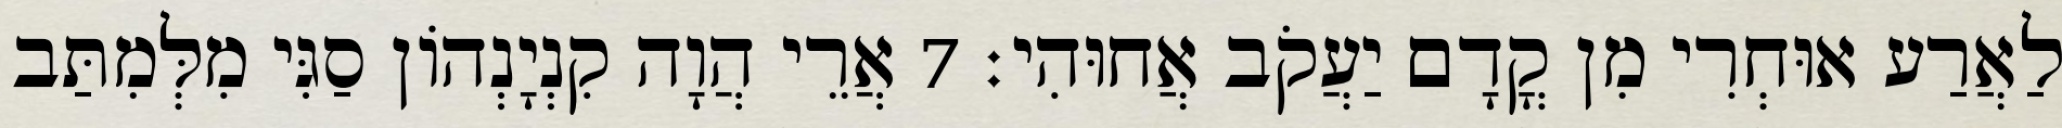
לַאֲרַע אוּחְרִי מִן קֳדָם יַעֲקֹב אֲחוּהִי׃ 7 אֲרֵי הֲוָה קִנְיָנְהוֹן סַגִּי מִלְּמִתַּב